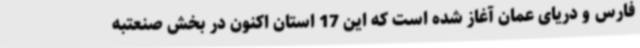
فارس و دریای عمان آغاز شده است که این 17 استان اکنون در بخش صنعتبه